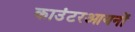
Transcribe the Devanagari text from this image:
काउंटरआयनों